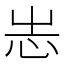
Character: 𢗍